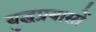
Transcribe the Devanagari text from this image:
युद्धप्रयासों